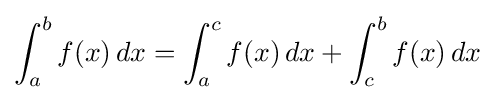
\int _{a}^{b}f(x)\,dx=\int _{a}^{c}f(x)\,dx+\int _{c}^{b}f(x)\,dx